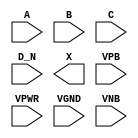
/**
 * Copyright 2020 The SkyWater PDK Authors
 *
 * Licensed under the Apache License, Version 2.0 (the "License");
 * you may not use this file except in compliance with the License.
 * You may obtain a copy of the License at
 *
 *     https://www.apache.org/licenses/LICENSE-2.0
 *
 * Unless required by applicable law or agreed to in writing, software
 * distributed under the License is distributed on an "AS IS" BASIS,
 * WITHOUT WARRANTIES OR CONDITIONS OF ANY KIND, either express or implied.
 * See the License for the specific language governing permissions and
 * limitations under the License.
 *
 * SPDX-License-Identifier: Apache-2.0
 */

`ifndef SKY130_FD_SC_LS__OR4B_PP_SYMBOL_V
`define SKY130_FD_SC_LS__OR4B_PP_SYMBOL_V

/**
 * or4b: 4-input OR, first input inverted.
 *
 * Verilog stub (with power pins) for graphical symbol definition
 * generation.
 *
 * WARNING: This file is autogenerated, do not modify directly!
 */

`timescale 1ns / 1ps
`default_nettype none

(* blackbox *)
module sky130_fd_sc_ls__or4b (
    //# {{data|Data Signals}}
    input  A   ,
    input  B   ,
    input  C   ,
    input  D_N ,
    output X   ,

    //# {{power|Power}}
    input  VPB ,
    input  VPWR,
    input  VGND,
    input  VNB
);
endmodule

`default_nettype wire
`endif  // SKY130_FD_SC_LS__OR4B_PP_SYMBOL_V